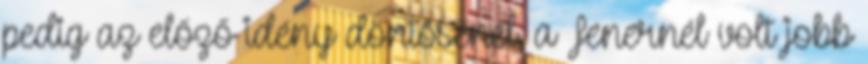
pedig az előző idény döntősénél, a Fenernél volt jobb